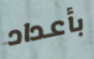
بأعداد